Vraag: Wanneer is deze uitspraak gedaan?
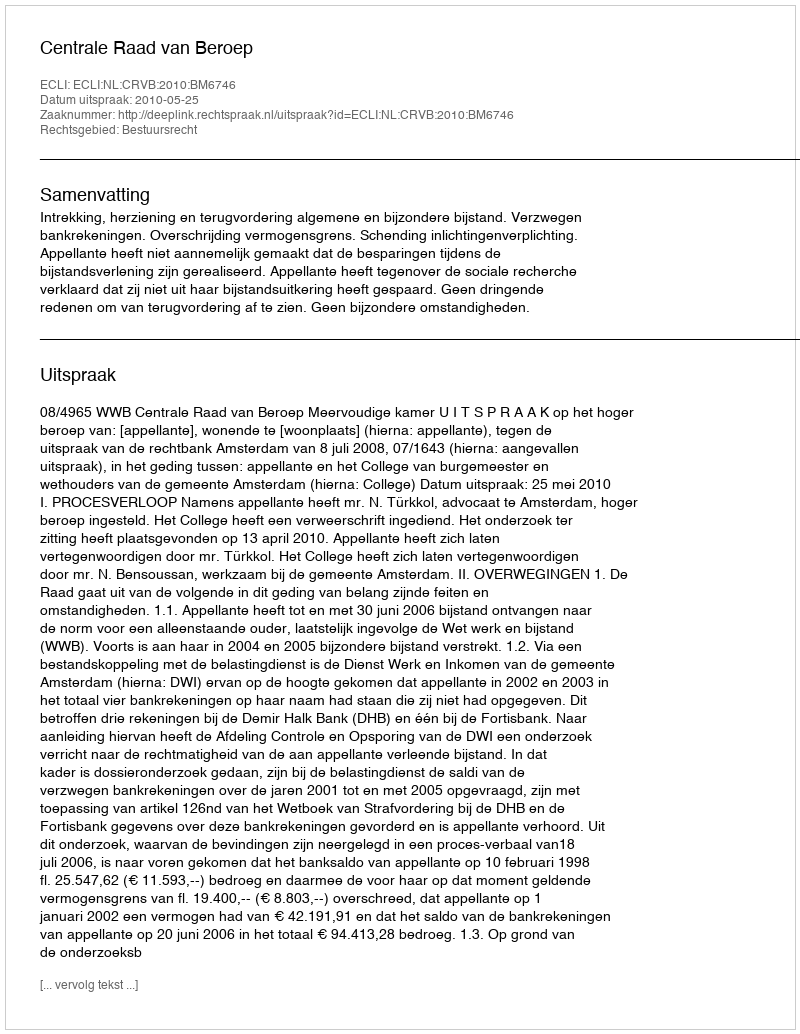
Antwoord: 2010-05-25